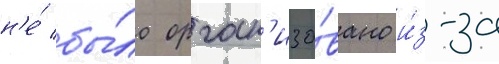
н'е́ бы́ло орган'изо́вано и́з-за